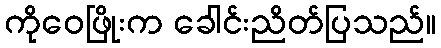
ကိုဝေဖြိုးက ခေါင်းညိတ်ပြသည်။